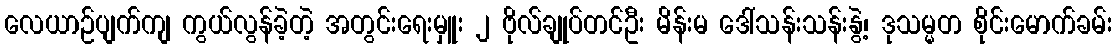
လေယာဉ်ပျက်ကျ ကွယ်လွန်ခဲ့တဲ့ အတွင်းရေးမှူး ၂ ဗိုလ်ချုပ်တင်ဦး မိန်းမ ဒေါ်သန်းသန်းနွဲ့၊ ဒုသမ္မတ စိုင်းမောက်ခမ်း